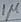
Text: 1µ